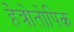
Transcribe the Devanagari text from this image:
हेत्रोतोपिक